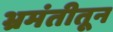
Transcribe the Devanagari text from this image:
भ्रमंतीतून